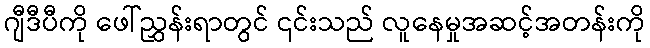
ဂျီဒီပီကို ဖေါ်ညွှန်းရာတွင် ၎င်းသည် လူနေမှုအဆင့်အတန်းကို